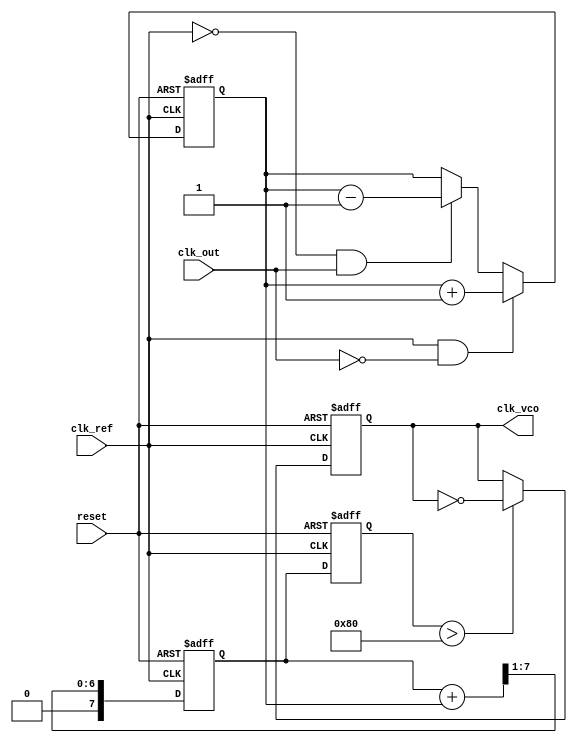
module PLL (
    input wire clk_ref,         // Reference clock
    input wire clk_out,         // Output clock
    input wire reset,           // Reset signal
    output reg clk_vco          // VCO output clock
);

    // Parameters
    parameter PHASE_WIDTH = 8;  // Width of phase error signal
    parameter FILTER_WIDTH = 8;  // Width of control voltage signal

    // Internal signals
    reg [PHASE_WIDTH-1:0] phase_error; // Phase error signal
    reg [FILTER_WIDTH-1:0] control_voltage; // Control voltage from loop filter
    reg [FILTER_WIDTH-1:0] filter_output; // Filtered output
    reg [7:0] memory_block [0:15]; // Memory blocks for storing phase error and control signals
    reg [3:0] mem_addr; // Memory address for storing phase error

    // Phase Detector (PD)
    always @(posedge clk_ref or posedge reset) begin
        if (reset) begin
            phase_error <= 0;
        end else begin
            // Simple phase detection logic (for demonstration)
            if (clk_ref && !clk_out) begin
                phase_error <= phase_error + 1; // Increment phase error
            end else if (!clk_ref && clk_out) begin
                phase_error <= phase_error - 1; // Decrement phase error
            end
            // Store phase error in memory
            memory_block[mem_addr] <= phase_error;
            mem_addr <= mem_addr + 1; // Increment memory address
        end
    end

    // Loop Filter (LF)
    always @(posedge clk_ref or posedge reset) begin
        if (reset) begin
            control_voltage <= 0;
            filter_output <= 0;
        end else begin
            // Simple low-pass filter implementation
            filter_output <= (filter_output + phase_error) >> 1; // Average phase error
            control_voltage <= filter_output; // Update control voltage
        end
    end

    // Voltage-Controlled Oscillator (VCO)
    always @(posedge clk_ref or posedge reset) begin
        if (reset) begin
            clk_vco <= 0;
        end else begin
            // Adjust output clock based on control voltage
            if (control_voltage > 128) begin
                clk_vco <= ~clk_vco; // Toggle clock based on control voltage
            end
        end
    end

endmodule